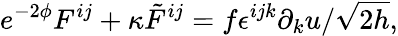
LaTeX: e^{-2\phi}F^{ij}+\kappa{\tilde{F}}^{ij}=f\epsilon^{ijk}\partial_{k}u/\sqrt{2h},